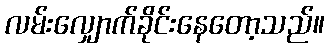
လမ်းလျှောက်ခိုင်းနေတော့သည်။